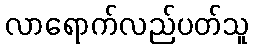
လာရောက်လည်ပတ်သူ